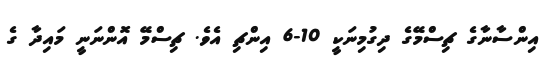
އިންސާނާގެ ޗިސްމޭގެ ދިގުމިނަކީ 10-6 އިންޗި އެވެ. ޗިސްމޭ އޮންނަނީ މައިދާ ގެ